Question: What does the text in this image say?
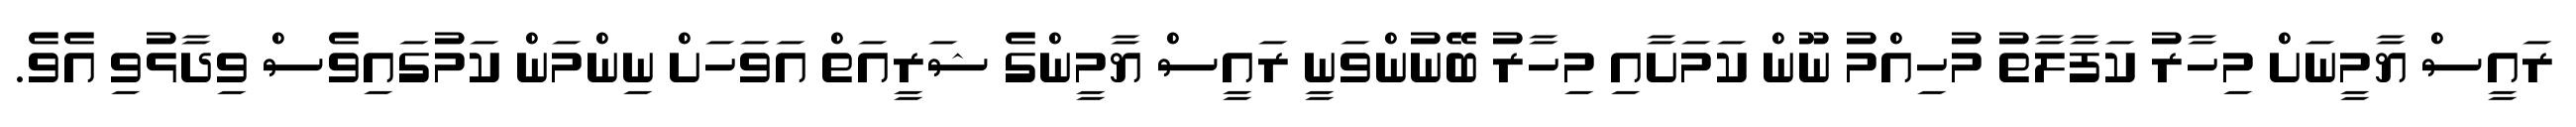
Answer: ރައީސް ޔާމީނަށް މިހާރު ކަފާލާތު މުހިއްމު ނޫން ކަމަށާއި މިހާރު ބޭނުންވަނީ ރައީސް ޔާމީންގެ ޝަރީއަތް އަވަހަށް ނިންމަން ކަމުގައިވެސް ވިދާޅުވި އެވެ.